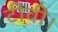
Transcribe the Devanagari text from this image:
टीवी।